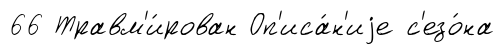
66 Травм'и́рован Оп'иса́н'иjе с'езо́на